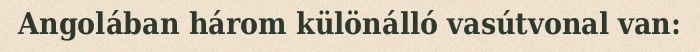
Angolában három különálló vasútvonal van: